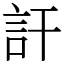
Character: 訐